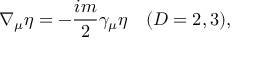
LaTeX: \nabla _ { \mu } \eta = - \frac { i m } { 2 } \gamma _ { \mu } \eta \quad ( D = 2 , 3 ) ,